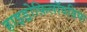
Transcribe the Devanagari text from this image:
हाइड्रोफ़िलॉयडिया